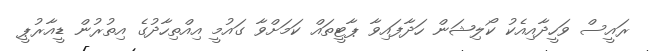
ރައީސް ވަހީދާއިއެކު ކޯލިޝަން ހަދާފައިވާ ޕާޓީތައް ކަމަށްވާ ގައުމީ އިއްތިހާދުގެ އިތުރުން ޑީއާރުޕީ